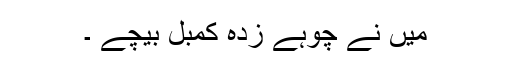
میں نے چوہے زدہ کمبل بیچے ۔